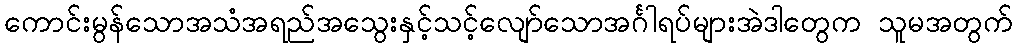
ကောင်းမွန်သောအသံအရည်အသွေးနှင့်သင့်လျော်သောအင်္ဂါရပ်များအဲဒါတွေက သူမအတွက်